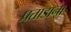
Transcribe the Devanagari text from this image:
प्रताडाना